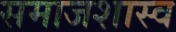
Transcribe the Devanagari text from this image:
समाजशास्व